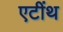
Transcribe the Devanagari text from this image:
एटींथ